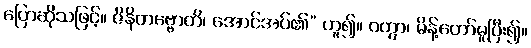
ပြောဆိုသဖြင့်။ ဇိနိတဗ္ဗောတိ၊ အောင်အပ်၏” ဟူ၍။ ဝတွာ၊ မိန့်တော်မူပြီး၍။